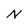
Character: N